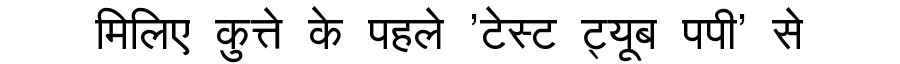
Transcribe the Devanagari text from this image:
मिलिए कुत्ते के पहले 'टेस्ट ट्यूब पपी' से